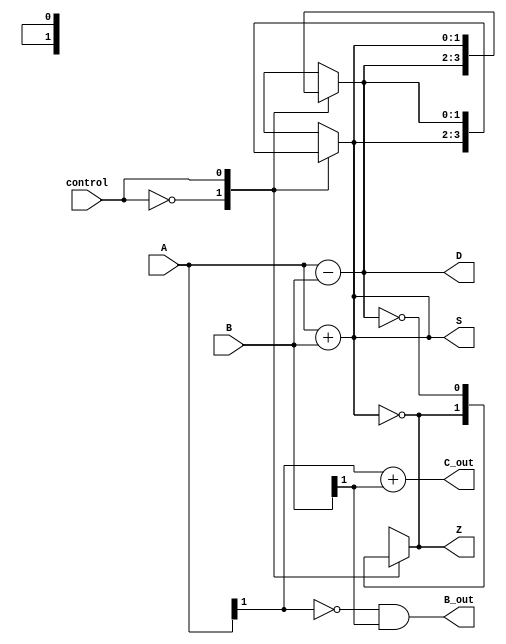
module ALU(input wire [1:0] A, B,
           input wire control,
           output wire [1:0] S, D,
           output wire C_out, B_out, Z);

   assign S = A + B;
   assign D = A - B;
   assign C_out = A[1] + B[1];
   assign B_out = ~A[1] & B[1];
   assign Z = (S == 2'b00);

   always @(*) begin
      case(control)
         1'b0: begin
            S = A + B;
            D = A - B;
            C_out = A[1] + B[1];
            B_out = ~A[1] & B[1];
            Z = (S == 2'b00);
         end
         1'b1: begin
            S = A - B;
            D = A + B;
            C_out = A[1] + B[1];
            B_out = ~A[1] & B[1];
            Z = (S == 2'b00);
         end
      endcase
   end
endmodule